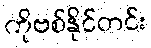
ကိုဗစ်နိုင်တင်း